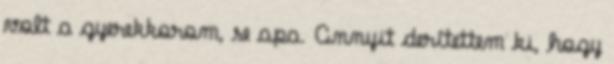
volt a gyerekkorom, se apa. Annyit derítettem ki, hogy